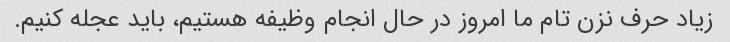
زیاد حرف نزن تام ما امروز در حال انجام وظیفه هستیم، باید عجله کنیم.